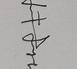
Signature authenticity: genuine